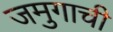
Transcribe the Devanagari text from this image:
जमुगाची